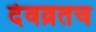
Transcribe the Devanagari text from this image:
देवव्रतच